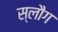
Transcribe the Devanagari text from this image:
स्लौग